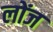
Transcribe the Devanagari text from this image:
लोंज